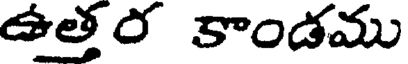
ఉత్తర కాండము